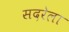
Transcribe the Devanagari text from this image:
सदरेला